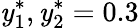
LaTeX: \mathit{y}_{1}^{*},\mathit{y}_{2}^{*}=0.3